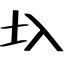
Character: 圦